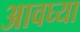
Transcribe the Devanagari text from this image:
आवघ्या